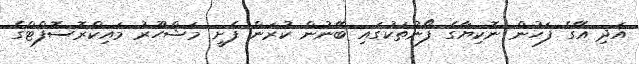
އަދި އޭގެ ފަހުން ނޮކިޔާގެ ފޯނުތަކުގައި ބޭނުން ކުރަން ފެށީ މަޝްހޫރު މައިކްރޮސޮފްޓްގެ